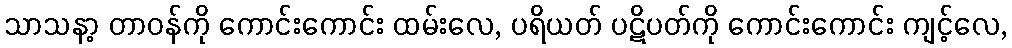
သာသနာ့ တာဝန်ကို ကောင်းကောင်း ထမ်းလေ, ပရိယတ် ပဋိပတ်ကို ကောင်းကောင်း ကျင့်လေ,